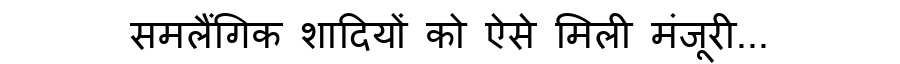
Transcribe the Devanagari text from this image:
समलैंगिक शादियों को ऐसे मिली मंजूरी...